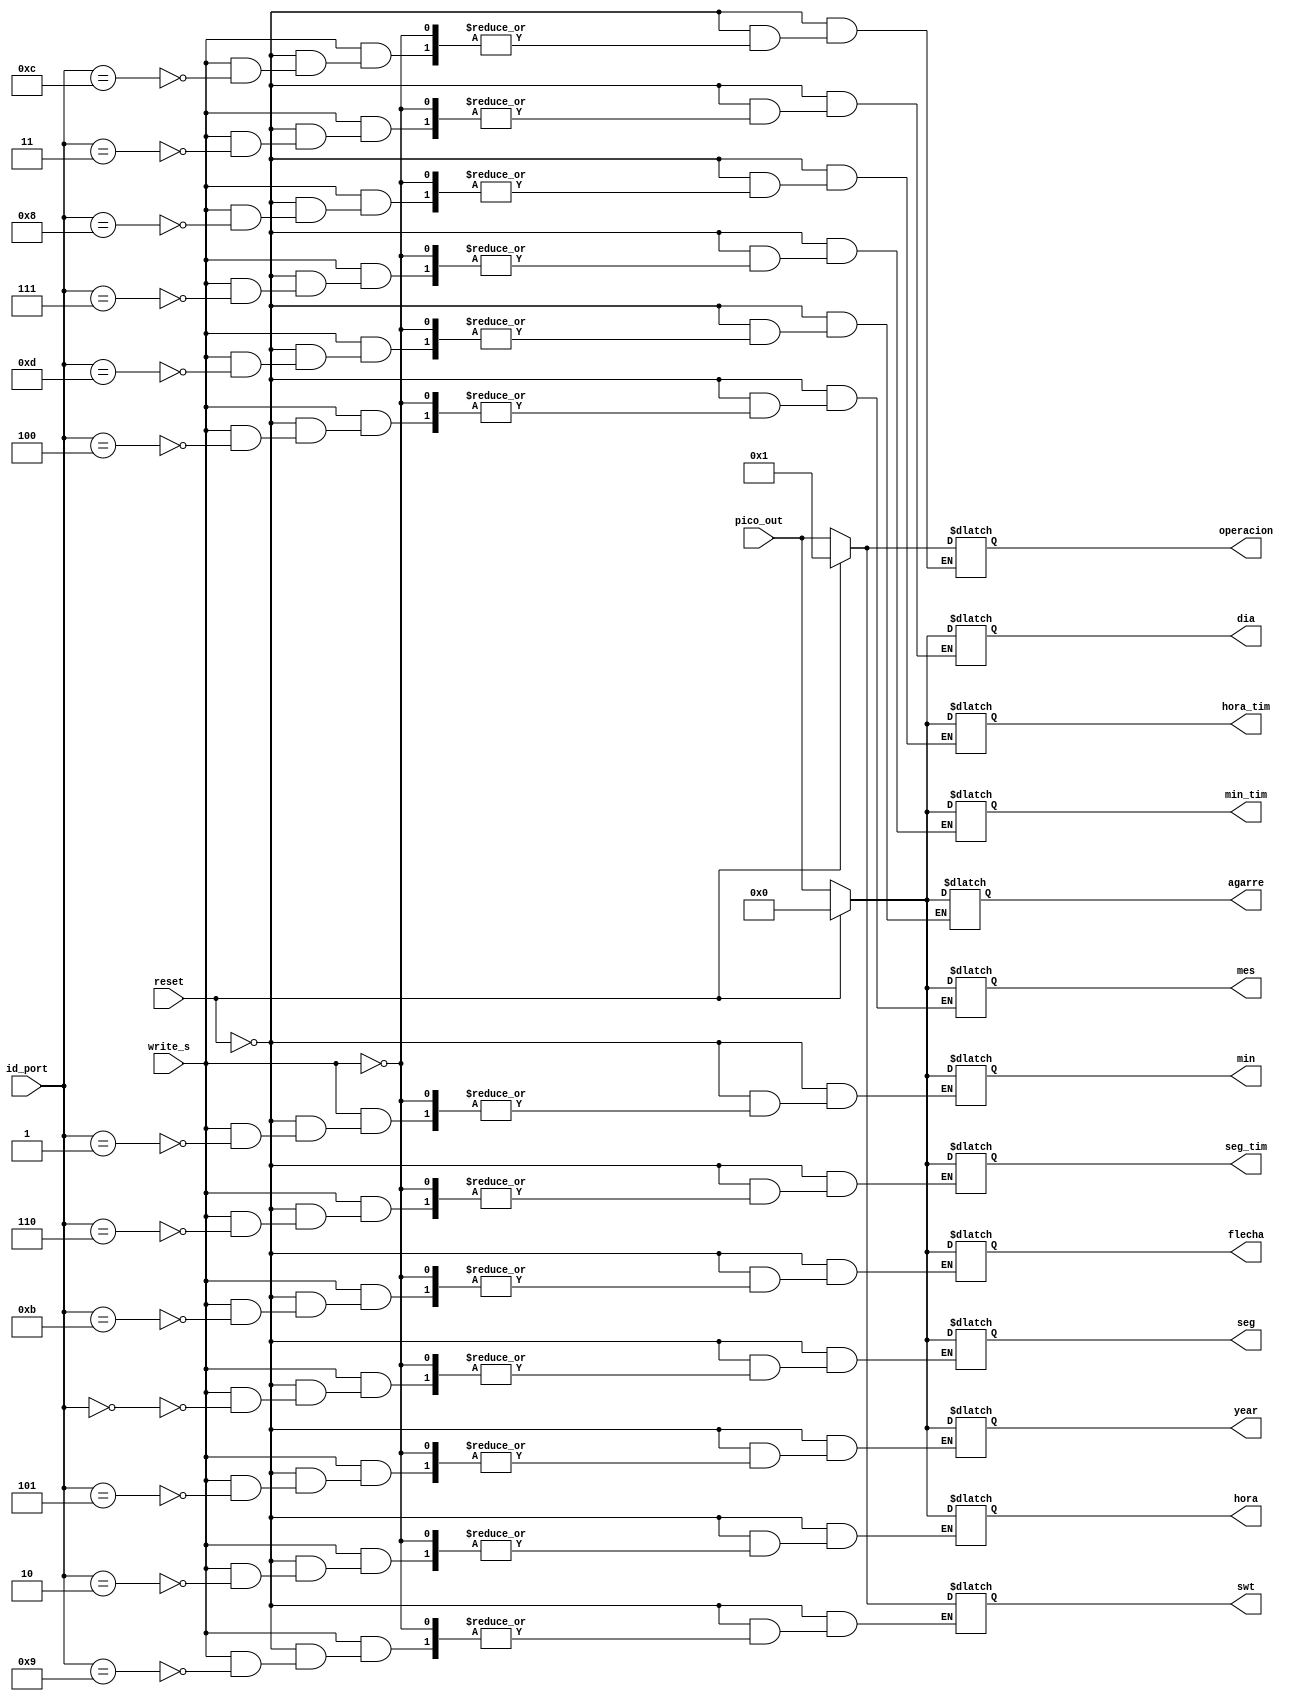
`timescale 1ns / 1ps
//////////////////////////////////////////////////////////////////////////////////
// Company: 
// Engineer: 
// 
// Design Name: 
// Module Name:    salida_pico 
// Project Name: 
// Target Devices: 
// Tool versions: 
// Description: 
//
// Dependencies: 
//
// Revision: 
// Revision 0.01 - File Created
// Additional Comments: 
//
//////////////////////////////////////////////////////////////////////////////////
module salida_pico(
	input wire reset,
	input wire [7:0] pico_out,
	input wire [7:0] id_port, 
	input wire write_s,
	output wire [7:0] seg, min, hora, dia, mes, year, seg_tim, min_tim, hora_tim, swt, flecha, operacion, agarre
    );
	 
	reg [7:0] seg_reg, min_reg, hora_reg, dia_reg, mes_reg, year_reg, seg_tim_reg, min_tim_reg, hora_tim_reg, swt_reg, flecha_reg, operacion_reg, bandera_tec_reg,agarre_reg;
	
	always @*
		begin
			if (reset)
				begin
					seg_reg = 8'h00;
					min_reg = 8'h00;
					hora_reg = 8'h00;
					dia_reg = 8'h00;
					mes_reg = 8'h00;
					year_reg = 8'h00;
					seg_tim_reg = 8'h00;
					min_tim_reg = 8'h00;
					hora_tim_reg = 8'h00;
					swt_reg = 8'h01;
					bandera_tec_reg = 8'h00;
					flecha_reg = 8'h00;
					operacion_reg = 8'h01;
					agarre_reg = 8'h00;
				end
			else
				if (write_s)
					begin
						case (id_port)
							8'h00 : seg_reg = pico_out;
							8'h01 : min_reg = pico_out;
							8'h02 : hora_reg = pico_out;
							8'h03 : dia_reg = pico_out;
							8'h04 : mes_reg = pico_out;
							8'h05 : year_reg = pico_out;
							8'h06 : seg_tim_reg = pico_out;
							8'h07 : min_tim_reg = pico_out;
							8'h08 : hora_tim_reg = pico_out;
							8'h09 : swt_reg = pico_out;
							8'h0a : bandera_tec_reg = pico_out;
							8'h0b : flecha_reg = pico_out;
							8'h0c : operacion_reg = pico_out;
							8'h0d : agarre_reg = pico_out;		
						endcase
					end
		end
	
	assign seg = seg_reg;
	assign min = min_reg;
	assign hora = hora_reg;
	assign dia = dia_reg;
	assign mes = mes_reg;
	assign year = year_reg;
	assign seg_tim = seg_tim_reg;
	assign min_tim = min_tim_reg;
	assign hora_tim = hora_tim_reg;
	assign swt = swt_reg;
	assign bandera_tec = bandera_tec_reg;
	assign flecha = flecha_reg;
	assign operacion = operacion_reg;
	assign agarre = agarre_reg;

endmodule